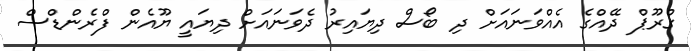
ގްރޫޕް ދޭއްގެ އެއްވަނައަށް ދި ބޯސް ދިޔައިރު ދެވަނައަށް ދިޔައީ ޔޫއެން ފްރެންޑްސް